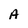
Character: A